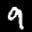
Label: 9